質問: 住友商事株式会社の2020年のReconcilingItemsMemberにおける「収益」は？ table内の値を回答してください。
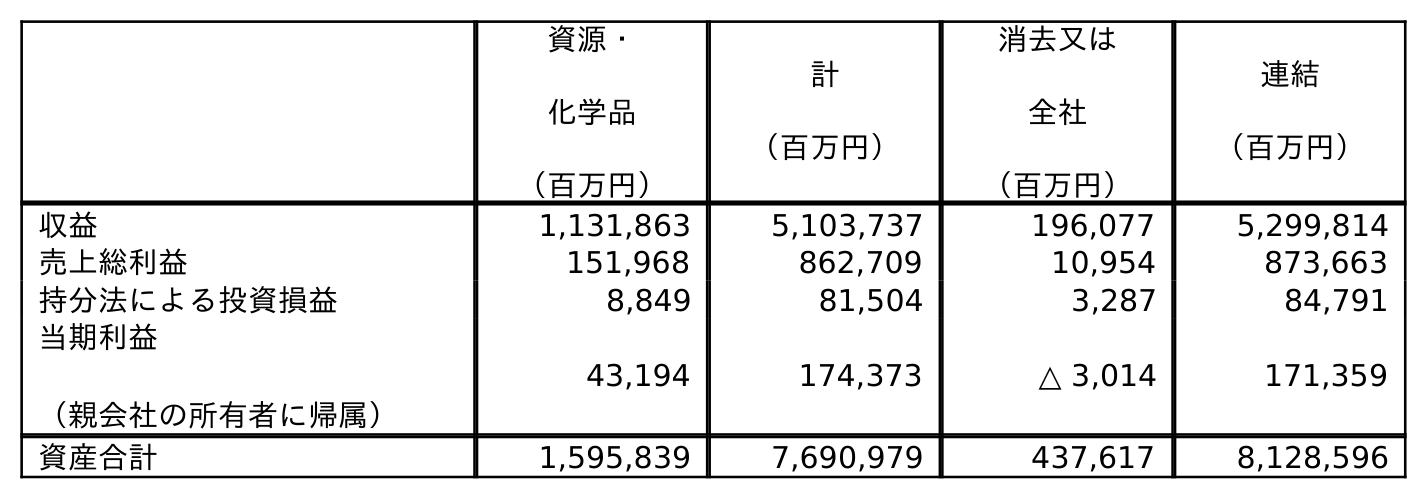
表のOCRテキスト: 資源・ 化学品 （百万円） 計 （百万円） 消去又は 全社 （百万円） 連結 （百万円） 収益 1,131,863 5,103,737 196,077 5,299,814 売上総利益 151,968 862,709 10,954 873,663 持分法による投資損益 8,849 81,504 3,287 84,791 当期利益 （親会社の所有者に帰属） 43,194 174,373 △ 3,014 171,359 資産合計 1,595,839 7,690,979 437,617 8,128,596
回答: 196,077